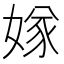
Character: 𡟝